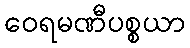
ဝေရမဏီပစ္စယာ